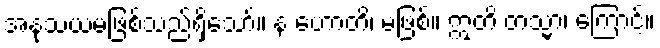
အနုသယမဖြစ်သည်ရှိသော်။ န ဟောတိ၊ မဖြစ်။ ဣတိ တသ္မာ၊ ကြောင့်။